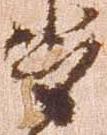
多